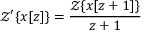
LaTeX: { \mathcal { Z } } ^ { \prime } \{ x [ z ] \} = { \frac { { \mathcal { Z } } \{ x [ z + 1 ] \} } { z + 1 } }